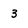
Character: 3